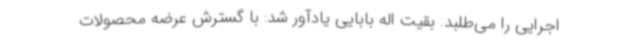
اجرایی را می‌طلبد. بقیت اله بابایی یادآور شد: با گسترش عرضه محصولات